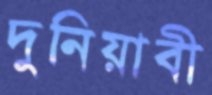
দুনিয়াবী